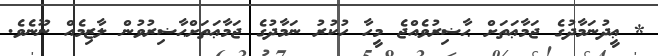
* ޢީދުނަމާދުގެ ޖަމާޢަތަށް ޙާޟިރުވެއްޖެ މީހާ ހުކުރު ނަމާދުގެ ޖަމާޢަތަށްޙާޟިރުވުން ލާޒިމެއް ނޫނެވެ.